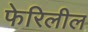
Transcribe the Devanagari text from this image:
फेरिलील